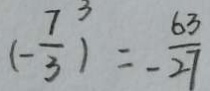
( - \frac { 7 } { 3 } ) ^ { 3 } = - \frac { 6 3 } { 2 7 }